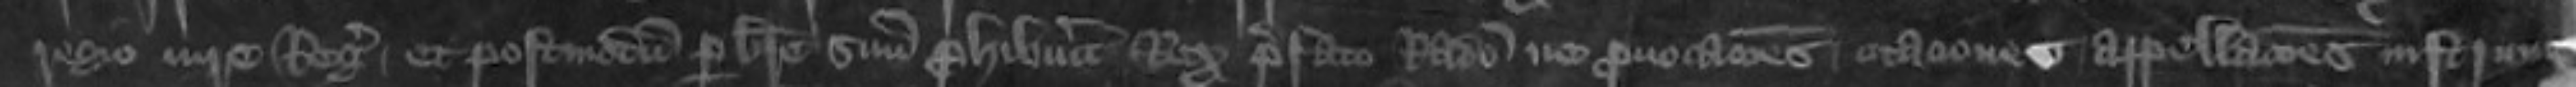
regio iure Regis  et postmodum per breve suum prohibuerit Rex prefato Radulpho ne provocationes citationes appellationes instrumenta